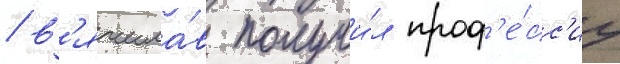
/ в'ячесла́в получи́л проф'е́сс'иу